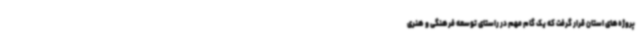
پروژه‌های استان قرار گرفت که یک گام مهم در راستای توسعه فرهنگی و هنری